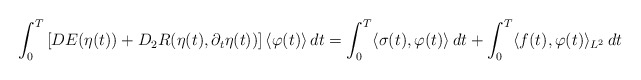
\begin{align*}\int_0^T \left[DE(\eta(t)) + D_2R(\eta(t), \partial_t \eta(t))\right] \langle \varphi(t)\rangle\,dt = \int_0^T \langle \sigma(t) ,\varphi(t)\rangle\,dt + \int_0^T \langle f(t), \varphi(t) \rangle_{L^2}\,dt\end{align*}